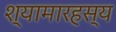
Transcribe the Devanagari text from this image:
श्यामारहस्य